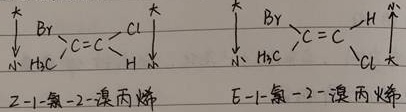
\(\overset{\ast}{\underset{\mathrm{CH}_{3}}{\downarrow}}\mathrm{Br}\overset{}{\underset{}{\mathrm{C}}}=\overset{}{\underset{}{\mathrm{C}}}\overset{\mathrm{Cl}}{\underset{\mathrm{H}}{\uparrow}}\) Z-1-氯-2-溴丙烯 \(\overset{\ast}{\underset{\mathrm{CH}_{3}}{\downarrow}}\mathrm{Br}\overset{}{\underset{}{\mathrm{C}}}=\overset{}{\underset{}{\mathrm{C}}}\overset{\mathrm{H}}{\underset{\mathrm{Cl}}{\uparrow}}\) E-1-氯-2-溴丙烯